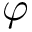
\varphi